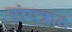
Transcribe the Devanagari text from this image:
संयत्रात